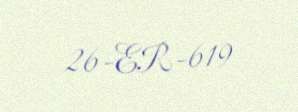
26-ER-619